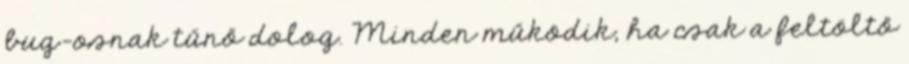
bug-osnak tűnő dolog. Minden működik, ha csak a feltöltő